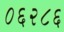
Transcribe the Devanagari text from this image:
०६२८६